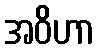
အဝိဟာ